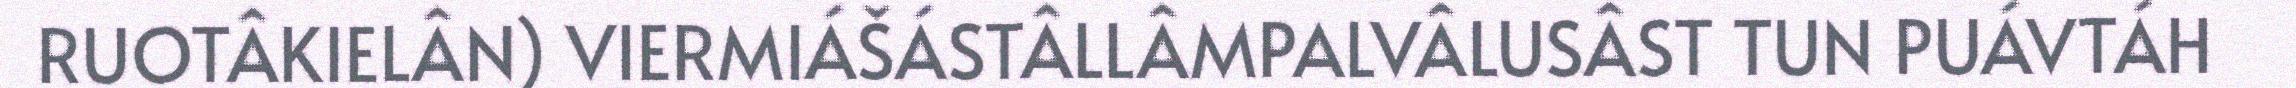
RUOTÂKIELÂN) VIERMIÁŠÁSTÂLLÂMPALVÂLUSÂST TUN PUÁVTÁH